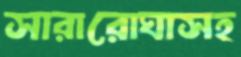
সারারোঘাসহ